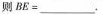
则$$B E = ___$$。